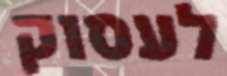
לעסוק